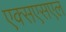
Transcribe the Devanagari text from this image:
एक्सएसएल